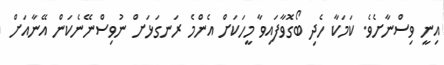
އިނީ ވިސްނާށެވެ. ކަމަކާ ހެދި ބޯގޮވާފައިވާ މީހަކަށް އެންމެ ރަނގަޅަށް ނުވިސްނޭނެކަން އޭނާއަށް